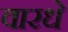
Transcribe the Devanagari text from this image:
वारधे